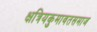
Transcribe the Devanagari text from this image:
क्षत्रियकुमावतसमाज